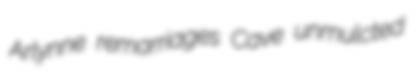
Arlynne remarriages Cave unmulcted